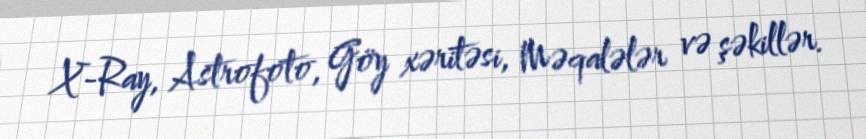
X-Ray, Astrofoto, Göy xəritəsi, Məqalələr və şəkillər.